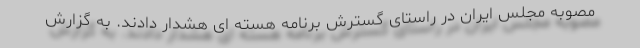
مصوبه مجلس ایران در راستای گسترش برنامه هسته ای هشدار دادند. به گزارش